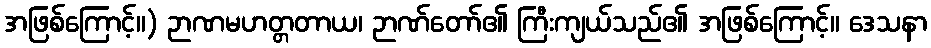
အဖြစ်ကြောင့်။) ဉာဏမဟတ္တတာယ၊ ဉာဏ်တော်၏ ကြီးကျယ်သည်၏ အဖြစ်ကြောင့်။ ဒေသနာ